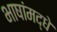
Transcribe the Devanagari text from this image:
भाषांमद्धे